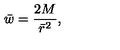
\bar { w } = { \frac { 2 M } { { \bar { r } } ^ { 2 } } } ,